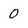
Character: 0